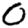
Digit: 0